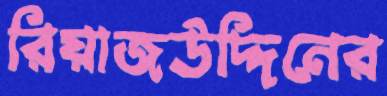
রিয়াজউদ্দিনের